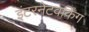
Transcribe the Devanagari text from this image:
इंटरनेटवर्किंग